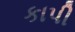
કાપી